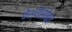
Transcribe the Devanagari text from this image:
वेश्येसोबत